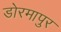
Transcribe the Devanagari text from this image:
डोरमापुर